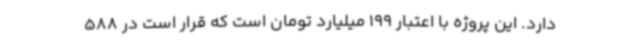
دارد. این پروژه با اعتبار 199 میلیارد تومان است که قرار است در 588